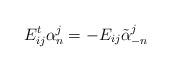
LaTeX: \begin{align*}E_{ij}^{t}\alpha_{n}^{j}=- E_{ij}\tilde{\alpha}_{-n}^{j}\end{align*}